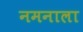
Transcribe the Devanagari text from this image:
नमनाला